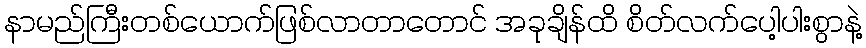
နာမည်ကြီးတစ်ယောက်ဖြစ်လာတာတောင် အခုချိန်ထိ စိတ်လက်ပေါ့ပါးစွာနဲ့